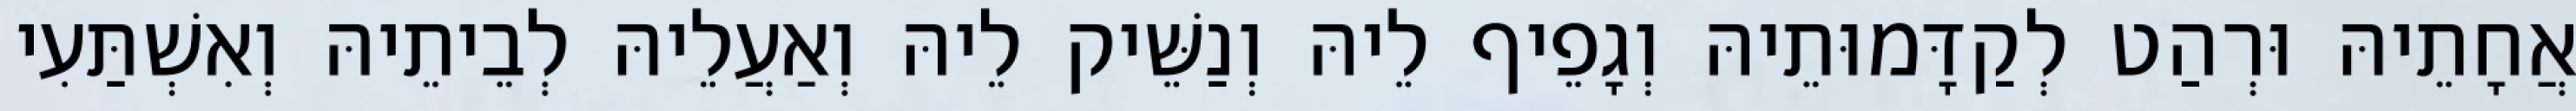
אֲחָתֵיהּ וּרְהַט לְקַדָּמוּתֵיהּ וְגָפֵיף לֵיהּ וְנַשֵּׁיק לֵיהּ וְאַעֲלֵיהּ לְבֵיתֵיהּ וְאִשְׁתַּעִי